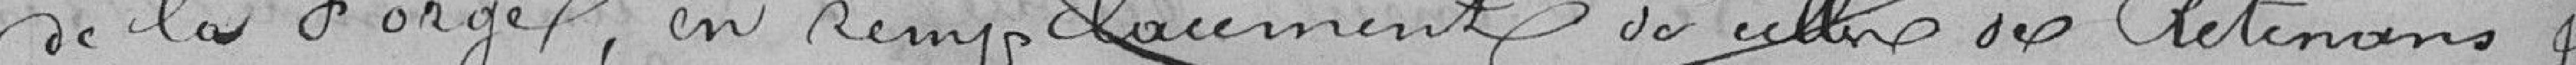
de la Forge, en remplacement de celles des Retenans,